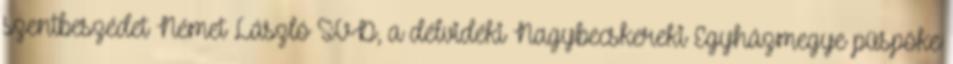
szentbeszédet Német László SVD, a délvidéki Nagybecskereki Egyházmegye püspöke